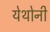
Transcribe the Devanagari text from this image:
येथोनी